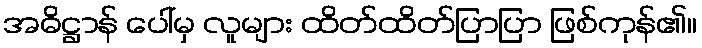
အဓိဋ္ဌာန် ပေါ်မှ လူများ ထိတ်ထိတ်ပြာပြာ ဖြစ်ကုန်၏။